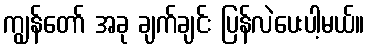
ကျွန်တော် အခု ချက်ချင်း ပြန်လဲပေးပါ့မယ်။